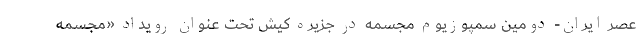
عصر ایران- دومین سمپوزیوم مجسمه در جزیره کیش تحت عنوان رویداد «مجسمه